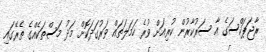
ރާޖަޕަކްސަގެ އާ ސަރުކާރުން ކުރިއަށް ވުރެ ހަމަލަތައް ވަރުގަދަކޮށް މަދު މަސްތަކެއްގެ ތެރޭގައި